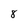
Character: 8